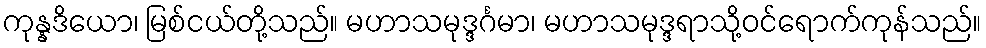
ကုန္နဒိယော၊ မြစ်ငယ်တို့သည်။ မဟာသမုဒ္ဒင်္ဂမာ၊ မဟာသမုဒ္ဒရာသို့ဝင်ရောက်ကုန်သည်။